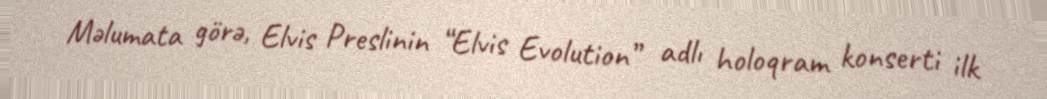
Məlumata görə, Elvis Preslinin “Elvis Evolution” adlı holoqram konserti ilk